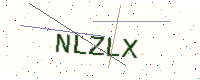
Text: NLZLX